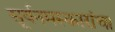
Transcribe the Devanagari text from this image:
सूर्यनमस्कारांचा